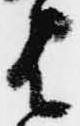
は